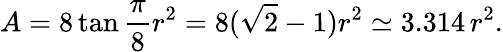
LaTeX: A=8\tan{\frac{\pi}{8}}r^{2}=8({\sqrt{2}}-1)r^{2}\simeq 3.314\, r^{2}.